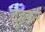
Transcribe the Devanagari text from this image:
दुहकर